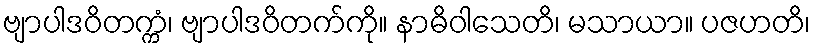
ဗျာပါဒဝိတက္ကံ၊ ဗျာပါဒဝိတက်ကို။ နာဓိဝါသေတိ၊ မသာယာ။ ပဇဟတိ၊